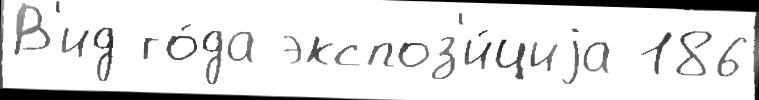
В'ид го́да экспоз'и́циjа 186